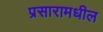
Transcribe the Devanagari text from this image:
प्रसारामधील